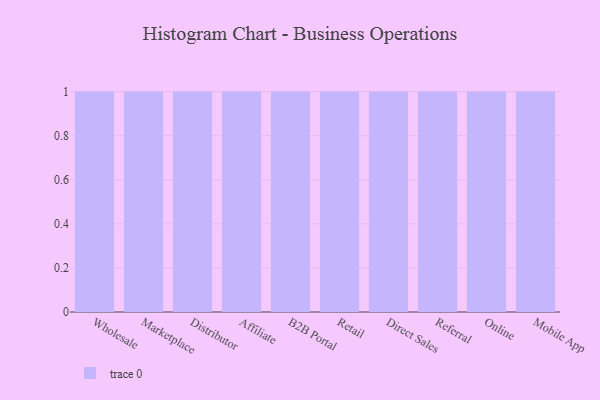
{"axis": {"x": "Channel", "y": "Budget (USD K)"}, "legend": [""], "data": [{"x": "Wholesale", "y": 15, "type": ""}, {"x": "Marketplace", "y": 50, "type": ""}, {"x": "Distributor", "y": 25, "type": ""}, {"x": "Affiliate", "y": 94, "type": ""}, {"x": "B2B Portal", "y": 2, "type": ""}, {"x": "Retail", "y": 55, "type": ""}, {"x": "Direct Sales", "y": 30, "type": ""}, {"x": "Referral", "y": 68, "type": ""}, {"x": "Online", "y": 14, "type": ""}, {"x": "Mobile App", "y": 55, "type": ""}]}